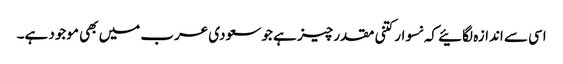
اسی سے اندازہ لگائیے کہ نسوار کتنی مقدر چیز ہے جو سعودی عرب میں بھی موجود ہے۔